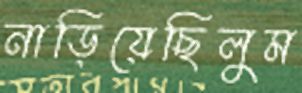
নাড়িয়েছিলুম